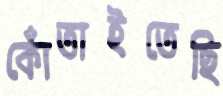
কোঁতাইতেছি